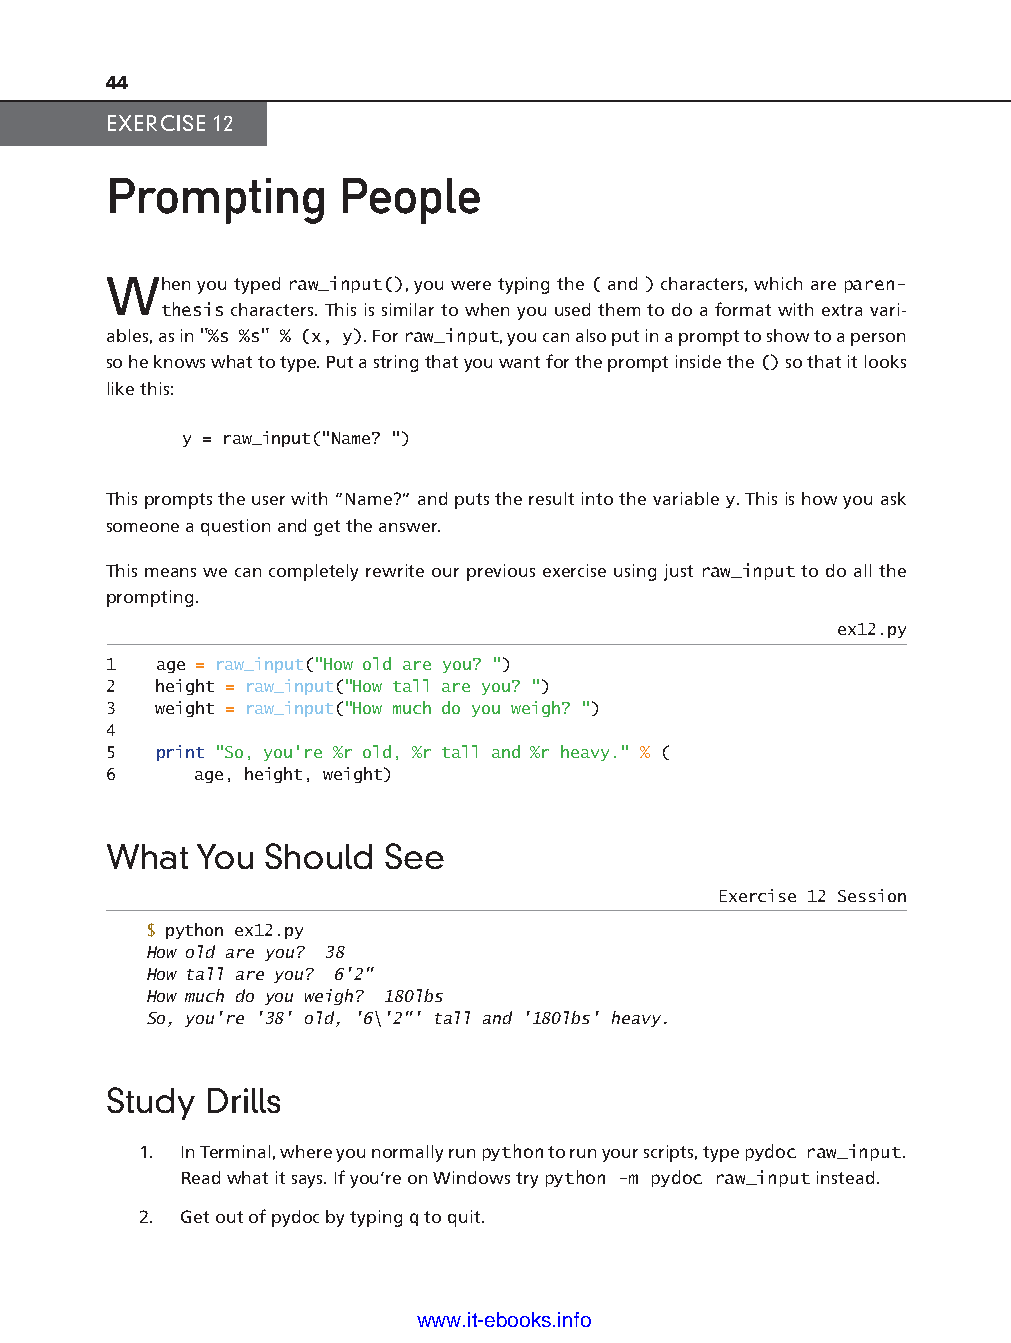
44
 EXERCISE 12
 Prompting       People
 When  you typed raw_input(), you were typing the ( and ) characters, which are paren-
 thesis characters. This is similar to when you used them to do a format with extra vari-
 ables, as in "%s %s" % (x, y). For raw_input, you can also put in a prompt to show to a person
 so he knows what to type. Put a string that you want for the prompt inside the () so that it looks
 like this:
 y = raw_input("Name? ")
 This prompts the user with “Name?” and puts the result into the variable y. This is how you ask
 someone a question and get the answer.
 This means we can completely rewrite our previous exercise using just raw_input to do all the
 prompting.
 ex12.py
 1  age = raw_input("How old are you? ")
 ptg11539604
 2  height = raw_input("How tall are you? ")
 3  weight = raw_input("How much do you weigh? ")
 4
 5  print "So, you're %r old, %r tall and %r heavy." % (
 6     age, height, weight)
 What  You  Should  See
 Exercise 12 Session
 $ python ex12.py
 How old are you? 38
 How tall are you? 6'2"
 How much do you weigh? 180lbs
 So, you're '38' old, '6\'2"' tall and '180lbs' heavy.
 Study  Drills
 1. In Terminal, where you normally run python to run your scripts, type pydoc raw_input.
 Read what it says. If you’re on Windows try python -m pydoc raw_input instead.
 2. Get out of pydoc by typing q to quit.
 www.it-ebooks.info